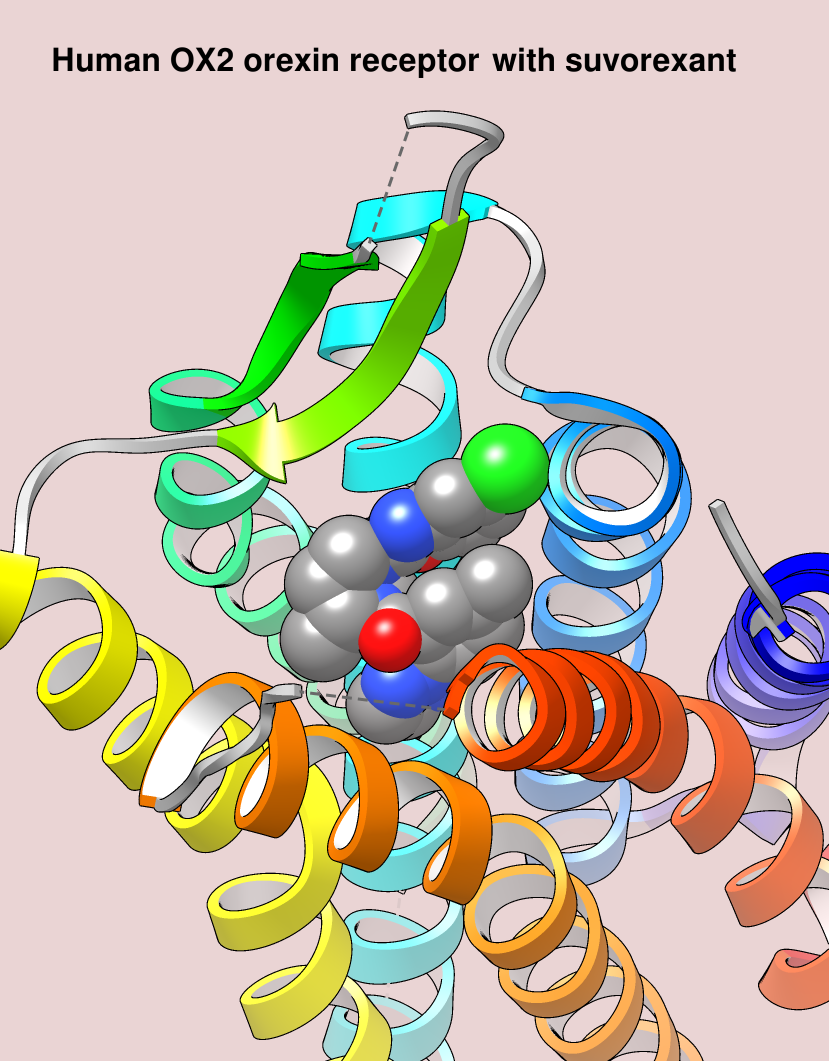
chimera, spheres, edged ribbons, white inside-helix faces